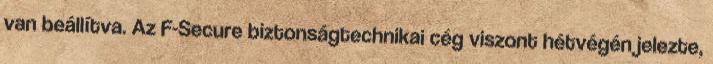
van beállítva. Az F-Secure biztonságtechnikai cég viszont hétvégén jelezte,